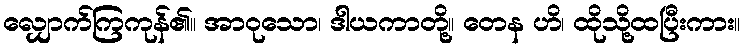
လျှောက်ကြကုန်၏။ အာဝုသော၊ ဒါယကာတို့။ တေန ဟိ၊ ထိုသို့ထပြီးကား။